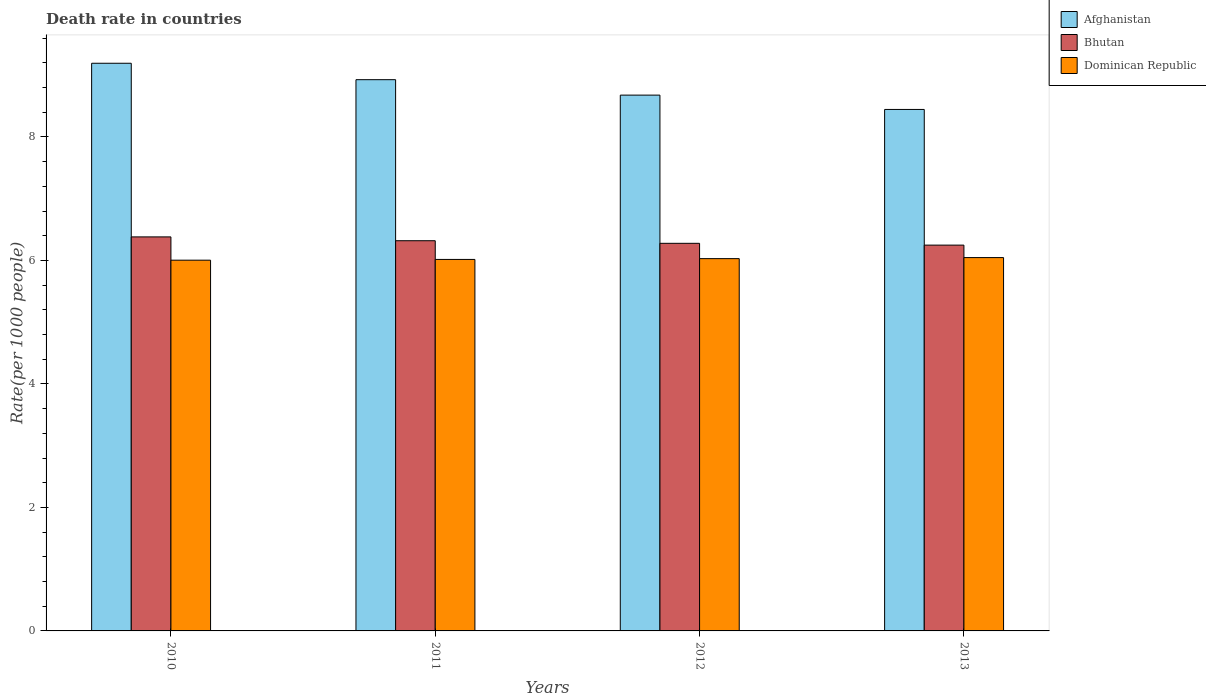
| Years | Afghanistan | Bhutan | Dominican Republic |
 | --- | --- | --- | --- |
 | 2010 | 9.19 | 6.38 | 6 |
 | 2011 | 8.93 | 6.32 | 6.02 |
 | 2012 | 8.68 | 6.28 | 6.03 |
 | 2013 | 8.45 | 6.25 | 6.05 |